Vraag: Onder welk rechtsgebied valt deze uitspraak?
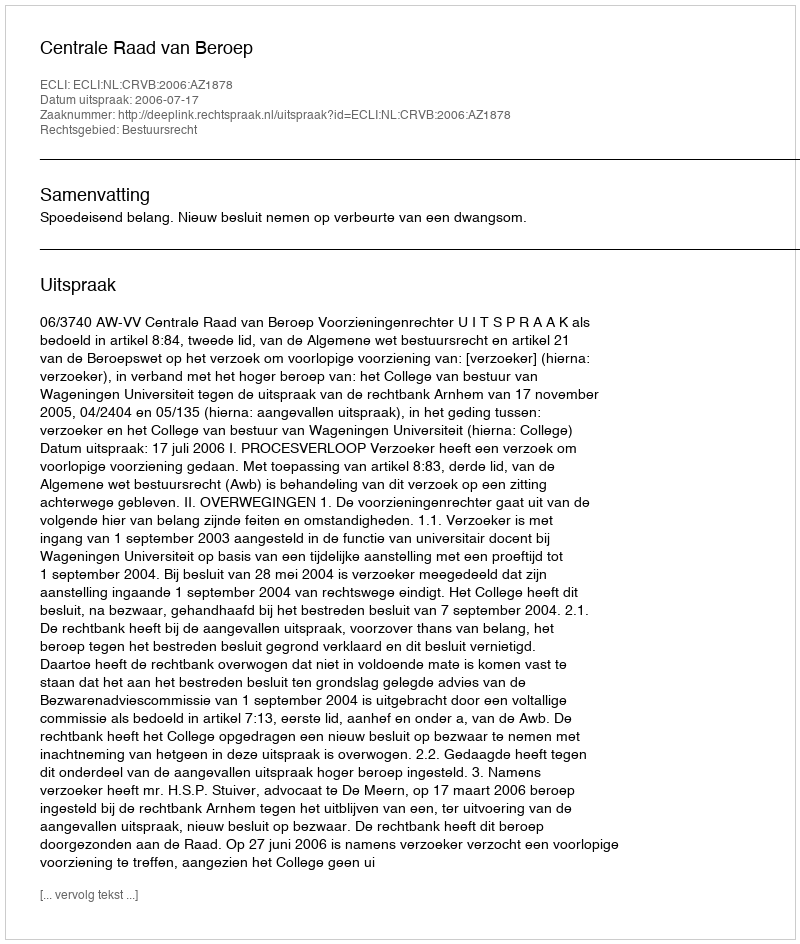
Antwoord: Bestuursrecht